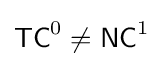
{\mathsf {TC}}^{0}\neq {\mathsf {NC}}^{1}